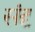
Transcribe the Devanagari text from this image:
संदृ